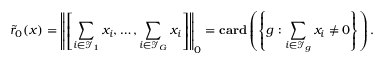
\tilde { r } _ { 0 } ( x ) = \left\| \left[ \sum _ { i \in \mathcal { I } _ { 1 } } x _ { i } , \ldots , \sum _ { i \in \mathcal { I } _ { G } } x _ { i } \right] \right\| _ { 0 } = \mathbf { c a r d } \left( \left\{ g : \sum _ { i \in \mathcal { I } _ { g } } x _ { i } \neq 0 \right\} \right) .